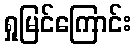
ရှုမြင်ကြောင်း